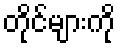
တိုင်များကို